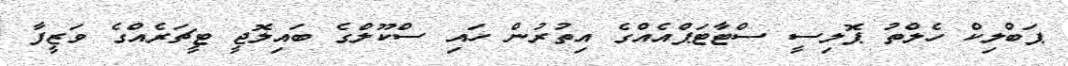
ޕަބްލިކް ހެލްތު ޕޮލިސީ ސްޓާޓަޕްއެއްގެ އިތުރުން ހައި ސްކޫލްގެ ބައިލޮޖީ ޓީޗަރެއްގެ ވަޒީފާ